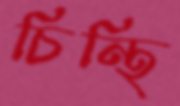
চিন্থি